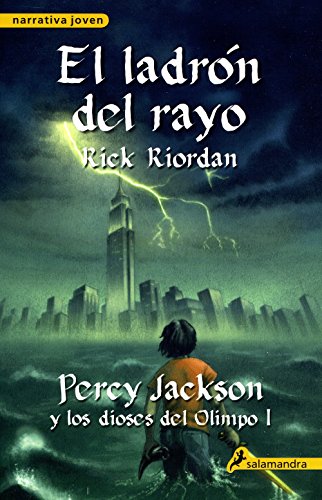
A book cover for El ladron del rayo / The Lightning Thief (Percy Jackson Y Los Dioses Del Olimpo/ Percy Jackson and the Olympians) (Spanish Edition); Rick Riordan; Children's Books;